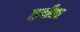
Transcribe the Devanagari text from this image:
हर्जल